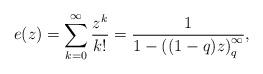
LaTeX: \begin{align*}e(z)= \sum_{k=0}^\infty \frac{z^k}{k!}= \frac{1}{1-\left((1-q)z\right)_q^\infty},\end{align*}